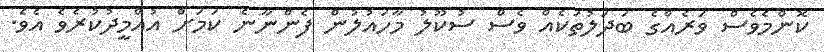
ކޮންމެވެސް ވަރެއްގެ ބަދަލުތަކެއް ވެސް ސުކޫލު މާހައުލުން ފެންނާނެ ކަމަށް އުއްމީދުކުރެވެ އެވެ.